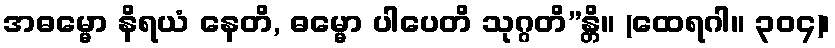
အဓမ္မော နိရယံ နေတိ, ဓမ္မော ပါပေတိ သုဂ္ဂတိ”န္တိ။ (ထေရဂါ။ ၃၀၄)၊